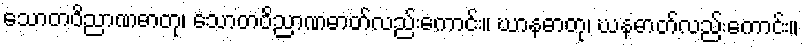
သောတဝိညာဏဓာတု၊ သောတဝိညာဏဓာတ်လည်းကောင်း။ ဃာနဓာတု၊ ဃနဓာတ်လည်းကောင်း။